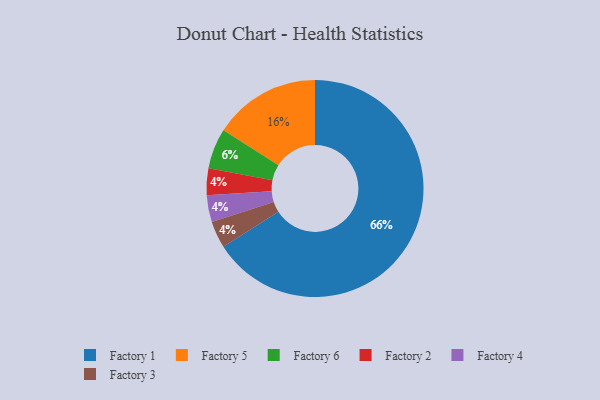
{"axis": {"x": "Category", "y": "Percentage"}, "legend": ["Factory 1", "Factory 2", "Factory 3", "Factory 4", "Factory 5", "Factory 6"], "data": [{"x": "Factory 2", "y": 4, "type": "Factory 2"}, {"x": "Factory 5", "y": 16, "type": "Factory 5"}, {"x": "Factory 4", "y": 4, "type": "Factory 4"}, {"x": "Factory 1", "y": 66, "type": "Factory 1"}, {"x": "Factory 3", "y": 4, "type": "Factory 3"}, {"x": "Factory 6", "y": 6, "type": "Factory 6"}]}